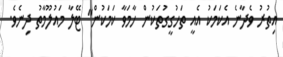
އިތުރު ވެދާނެ އެކަމަކު އެއީ ތަހުގީގުތަކުން ހާމަވާ ކަމަކުން" ޓޭލާ މައުލޫމާތު ދިނެވެ.